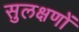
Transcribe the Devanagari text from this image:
सुलक्षणों